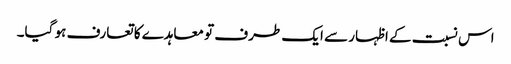
اس نسبت کے اظہار سے ایک طرف تو معاہدے کا تعارف ہو گیا۔